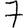
Digit: 7